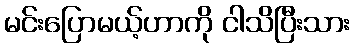
မင်းပြောမယ့်ဟာကို ငါသိပြီးသား